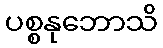
ပစ္စနုဘောသိ